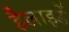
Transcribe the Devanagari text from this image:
हैलाइडें